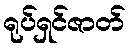
ရုပ်ရှင်ဇာတ်